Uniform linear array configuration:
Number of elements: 4
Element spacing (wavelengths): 0.75
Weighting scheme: exponential
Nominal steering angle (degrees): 0
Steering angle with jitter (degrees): -0.1731
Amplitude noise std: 0.05
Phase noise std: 0.05

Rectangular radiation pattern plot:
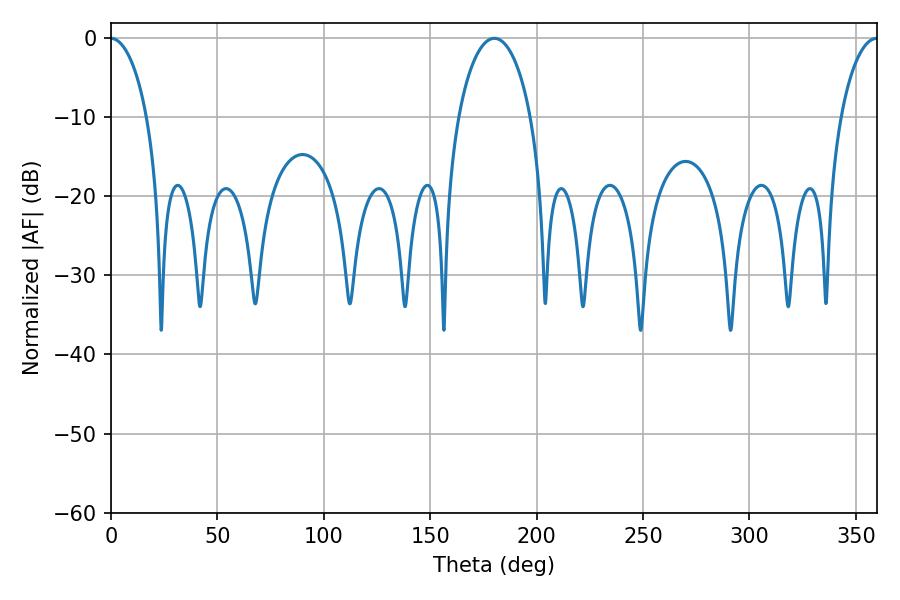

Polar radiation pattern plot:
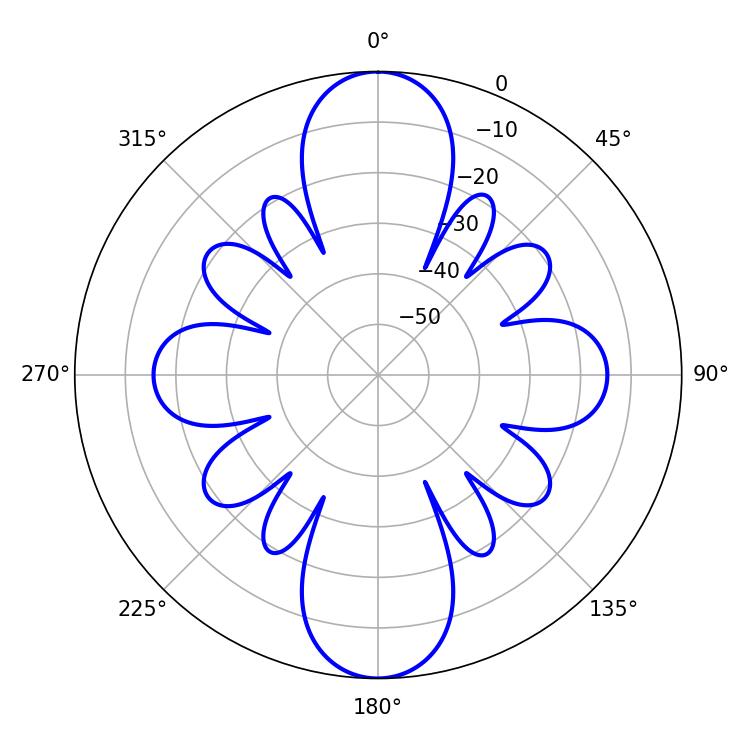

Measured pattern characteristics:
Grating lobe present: TRUE
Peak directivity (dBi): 35.277
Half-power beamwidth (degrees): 19.44
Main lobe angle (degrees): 180.18